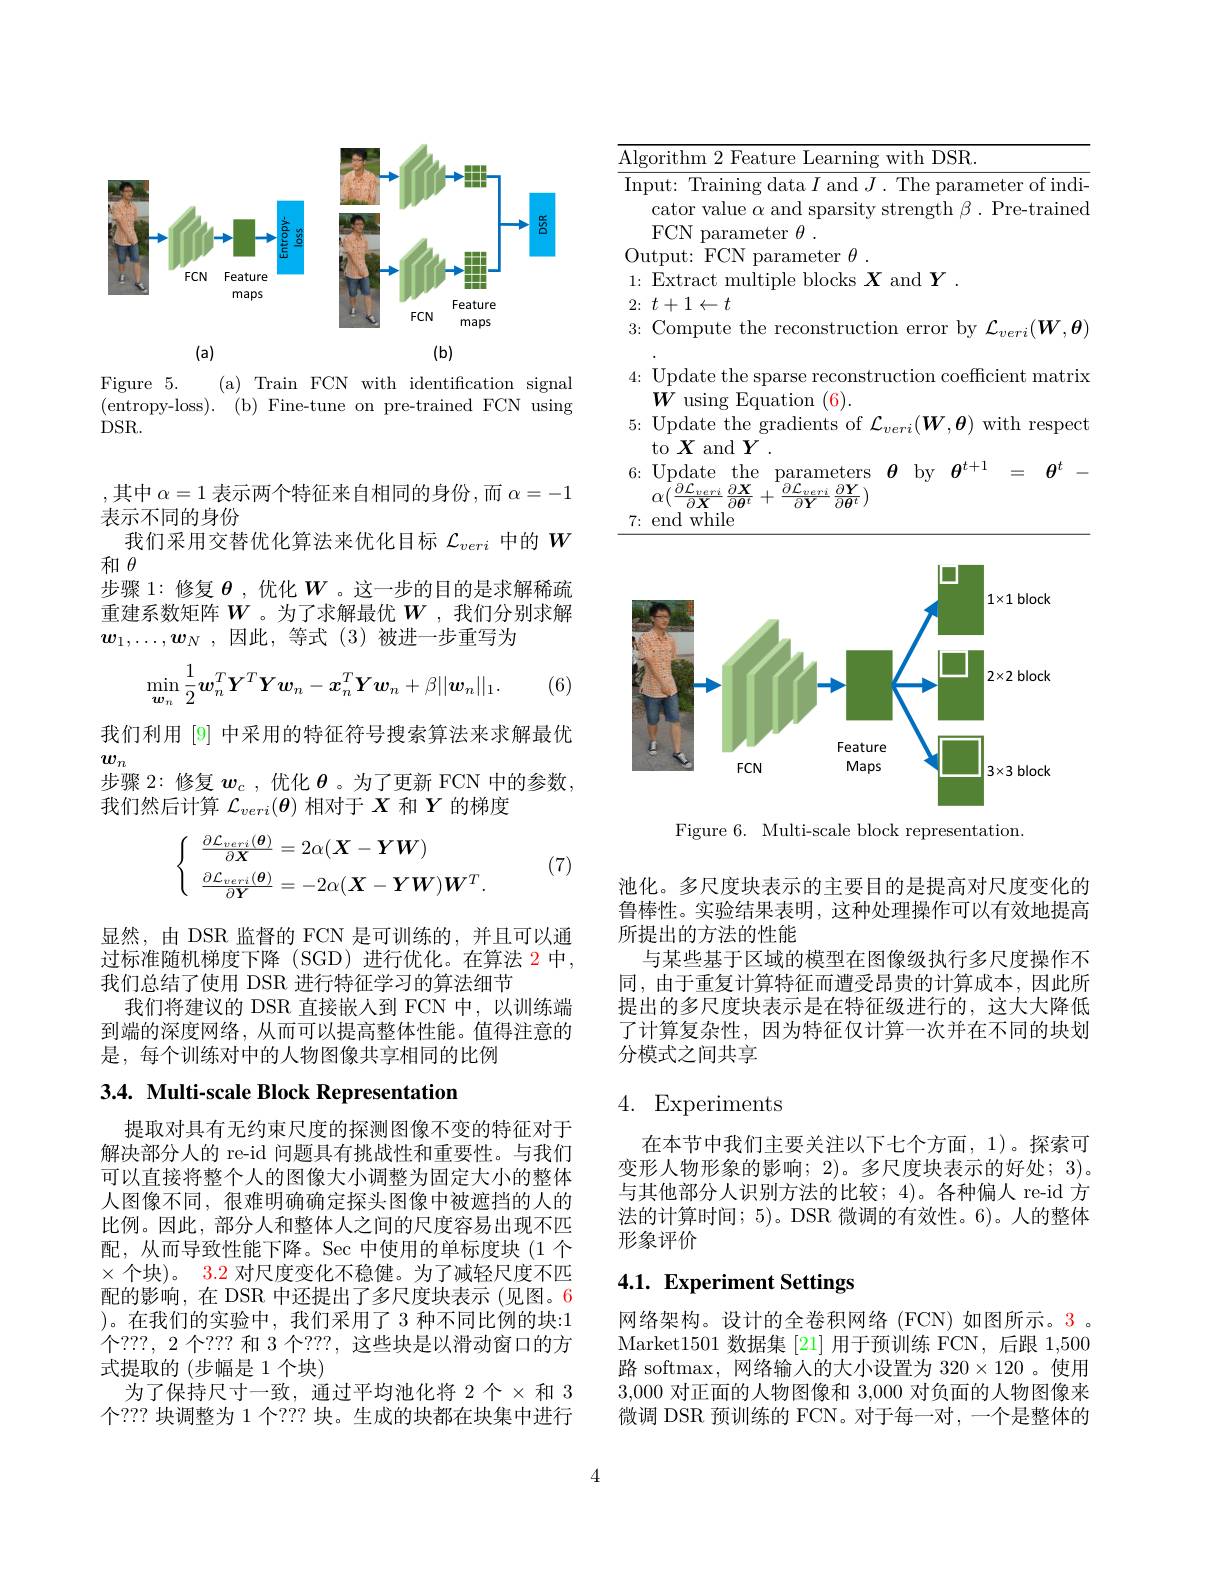
<FigureHere>

Figure 5.
( a) Train FCN with identification signal
(entropy-loss).(b)Fine-tune on pre-trained FCN using
$DSR.$

,其中 $\alpha=1$ 表示两个特征来自相同的身份，而 $\alpha=-1$
表示不同的身份
我们采用交替优化算法来优化目标$\mathcal{L}_{veri}$中的$W$
和$\theta$
步骤 1:修复$\theta$ ,优化$W$ 。这一步的目的是求解稀疏重建系数矩阵$W$ 。为了求解最优$W$ ,我们分别求解$\boldsymbol{w}_1,\ldots,\boldsymbol{w}_N$ ,因此，等式 (3)被进一步重写为
$$\min_{\boldsymbol{w}_n}\frac12\boldsymbol{w}_n^T\boldsymbol{Y}^T\boldsymbol{Y}\boldsymbol{w}_n-\boldsymbol{x}_n^T\boldsymbol{Y}\boldsymbol{w}_n+\beta||\boldsymbol{w}_n||_1.$$
(6)

我们利用 [9] 中采用的特征符号搜索算法来求解最优
$w_n$
步骤 2:修复 $\boldsymbol{w}_c$ ,优化 $\boldsymbol{\theta}$ 。为了更新 FCN 中的参数，
我们然后计算$\mathcal{L}_{veri}(\boldsymbol{\theta})$相对于$X$和$Y$的梯度

(7)
$$\left.\left\{\begin{array}{l}\frac{\partial\mathcal{L}_{veri}(\boldsymbol{\theta})}{\partial\boldsymbol{X}}=2\alpha(\boldsymbol{X}-\boldsymbol{Y}\boldsymbol{W})\\\frac{\partial\mathcal{L}_{veri}(\boldsymbol{\theta})}{\partial\boldsymbol{Y}}=-2\alpha(\boldsymbol{X}-\boldsymbol{Y}\boldsymbol{W})\boldsymbol{W}^{T}.\end{array}\right.\right.$$
显然，由 DSR 监督的 FCN 是可训练的，并且可以通过标准随机梯度下降(SGD)进行优化。在算法 2 中， 我们总结了使用 DSR 进行特征学习的算法细节
我们将建议的 DSR 直接嵌人到 FCN 中，以训练端到端的深度网络，从而可以提高整体性能。值得注意的是，每个训练对中的人物图像共享相同的比例

# 3.4. Multi-scale Block Representation

提取对具有无约束尺度的探测图像不变的特征对于解决部分人的 re-id 问题具有挑战性和重要性。与我们可以直接将整个人的图像大小调整为固定大小的整体人图像不同，很难明确确定探头图像中被遮挡的人的比例。因此，部分人和整体人之间的尺度容易出现不匹配，从而导致性能下降。Sec 中使用的单标度块 (1 个$\times$个块)。3.2 对尺度变化不稳健。为了减轻尺度不四配的影响，在 DSR 中还提出了多尺度块表示 (见图。6 )。在我们的实验中，我们采用了 3 种不同比例的块：1个？??, 2 个？?? 和 3 个？??, 这些块是以滑动窗口的方式提取的 (步幅是1个块)
为了保持尺寸一致，通过平均池化将 2个$\times$ 和 3个？?? 块调整为 1 个？?? 块。生成的块都在块集中进行

<table>
	<tbody>
		<tr>
			<td>$\overline{\mathrm{Alg}}$</td>
			<td>with DSR</td>
		</tr>
		<tr>
			<td>In$\mathbf{I}$ $Ov$</td>
			<td>put: Training data $I$ and $J.$ The parameter of indi- cator value $\alpha$ and sparsity strength $\beta.$ Pre-trained FCN parameter $\theta.$ ${\mathrm{utput:~FCN~parameter~}\theta}.$</td>
		</tr>
		<tr>
			<td>5:</td>
			<td>Update the gradients of $\mathcal{L}_veri(\boldsymbol{W},\boldsymbol{\theta})$ with respect to $X$ and $Y.$</td>
		</tr>
	</tbody>
</table>

<FigureHere>

Figure 6. Multi-scale block representation.

池化。多尺度块表示的主要目的是提高对尺度变化的鲁棒性。实验结果表明，这种处理操作可以有效地提高所提出的方法的性能
与某些基于区域的模型在图像级执行多尺度操作不同，由于重复计算特征而遭受昂贵的计算成本，因此所提出的多尺度块表示是在特征级进行的，这大大降低了计算复杂性，因为特征仅计算一次并在不同的块划分模式之间共享

# 4. Experiments

在本节中我们主要关注以下七个方面，1)。探索可变形人物形象的影响；2)。多尺度块表示的好处；3)。与其他部分人识别方法的比较；4)。各种偏人 re-id 方法的计算时间；5)。DSR 微调的有效性。6)。人的整体形象评价

# 4.1. Experiment Settings

网络架构。设计的全卷积网络(FCN)如图所示。3 。Market1501 数据集[21]用于预训练 FCN, 后跟 1,500路 softmax, 网络输入的大小设置为$320\times120$ 。使用3,000对正面的人物图像和 3,000 对负面的人物图像来微调 DSR 预训练的 FCN。对于每一对，一个是整体的

4